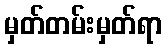
မှတ်တမ်းမှတ်ရာ